Indian journal of veterinary science and animal husbandry - Volumes 18-21, 1948-1951
Year: 1948
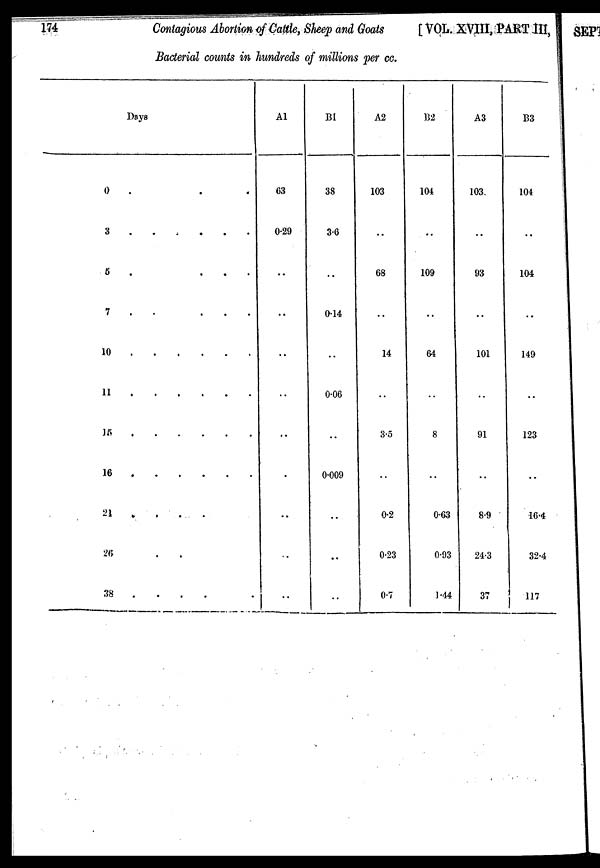
174
Contagious Abortion of Cattle, Sheep and Goats
[VOL. XVIII, PART III,
Bacterial counts in hundreds of millions per cc.
Days
0 . . . . . .
3
.
.
.
.
.
.
5
.
.
.
.
.
.
7
.
.
.
.
.
.
10 . . . . . .
11
.
.
.
.
.
.
15 . . . . . .
16
.
.
.
.
.
.
21 . . . . . .
26 . . . . . .
38 . . . . . .
A1
63
0.29
..
..
..
..
..
.
..
..
..
B1
38
3.6
..
0.14
..
0.06
..
0.009
..
..
..
A2
103
..
68
..
14
3.5
..
0.2
0.23
0.7
B2
104
..
109
..
64
..
8
..
0.63
0.93
1.44
A3
103
..
93
..
101
..
91
..
8.9
24.3
37
B3
104
..
104
..
149
..
123
..
16.4
32.4
117